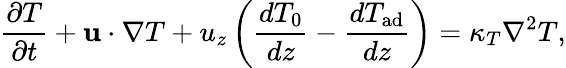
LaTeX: \frac{\partial T}{\partial t}+\mathbf{u}\cdot\nabla T+u_{z}\left(\frac{dT_{0}}{dz}-\frac{dT_{\mathrm{ad}}}{dz}\right)=\kappa_{T}\nabla^{2}T,